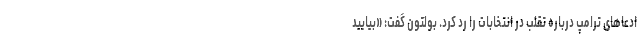
ادعاهای ترامپ درباره تقلب در انتخابات را رد کرد. بولتون گفت: «بیایید